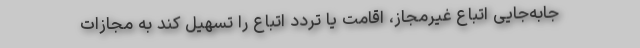
جابه‌جایی اتباع غیرمجاز، اقامت یا تردد اتباع را تسهیل کند به مجازات